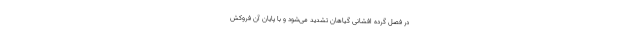
در فصل گرده‌ افشانی‌ گیاهان‌ تشدید می‌شود و با پایان‌ آن‌ فروکش‌